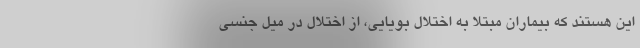
این هستند که بیماران مبتلا به اختلال بویایی، از اختلال در میل جنسی